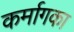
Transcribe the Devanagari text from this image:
कर्मागका